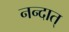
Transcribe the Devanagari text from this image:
नन्दात्